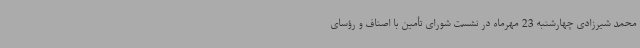
محمد شیرزادی چهارشنبه 23 مهرماه در نشست شورای تأمین با اصناف و رؤسای